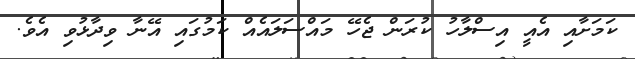
ކަމަށާއި އެއީ އިސްލާހު ކުރަން ޖެހޭ މައްސަލަައެއް ކަމުގައި އޭނާ ވިދާޅުވި އެވެ.